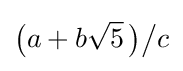
{\bigl (}a+b{\sqrt {5}}~\!{\bigr )}{\big /}c